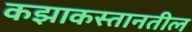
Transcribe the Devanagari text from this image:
कझाकस्तानतील